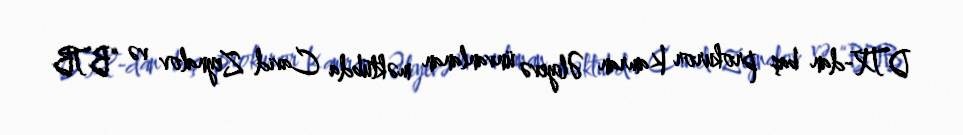
DTX-dan baş prokuror Kamran Əliyevə ünvanlanan məktubda Cavid Zeynalov və “BTB